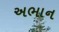
અભાન